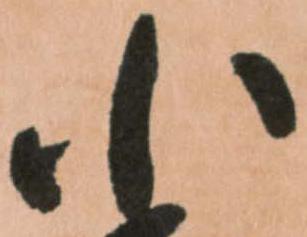
小